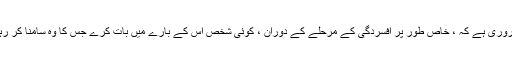
یہ ضروری ہے کہ ، خاص طور پر افسردگی کے مرحلے کے دوران ، کوئی شخص اس کے بارے میں بات کرے جس کا وہ سامنا کر رہا ہے۔